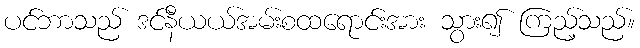
ပင်ဘာသည် ဒင်နီယယ်အမ်းစထရောင်းအား သွား၍ ကြည့်သည်။